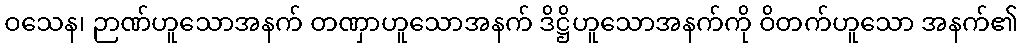
ဝသေန၊ ဉာဏ်ဟူသောအနက် တဏှာဟူသောအနက် ဒိဋ္ဌိဟူသောအနက်ကို ဝိတက်ဟူသော အနက်၏